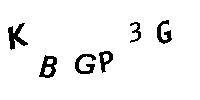
KBGP3G